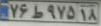
۷۶ط۹۷۵۱۸